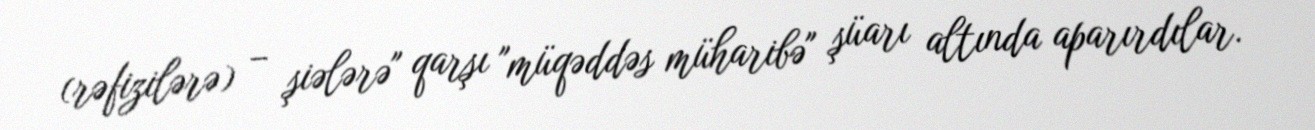
(rəfizilərə) – şiələrə" qarşı "müqəddəs müharibə" şüarı altında aparırdılar.